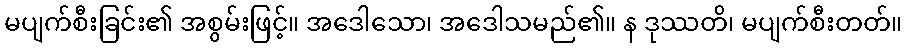
မပျက်စီးခြင်း၏ အစွမ်းဖြင့်။ အဒေါသော၊ အဒေါသမည်၏။ န ဒုဿတိ၊ မပျက်စီးတတ်။